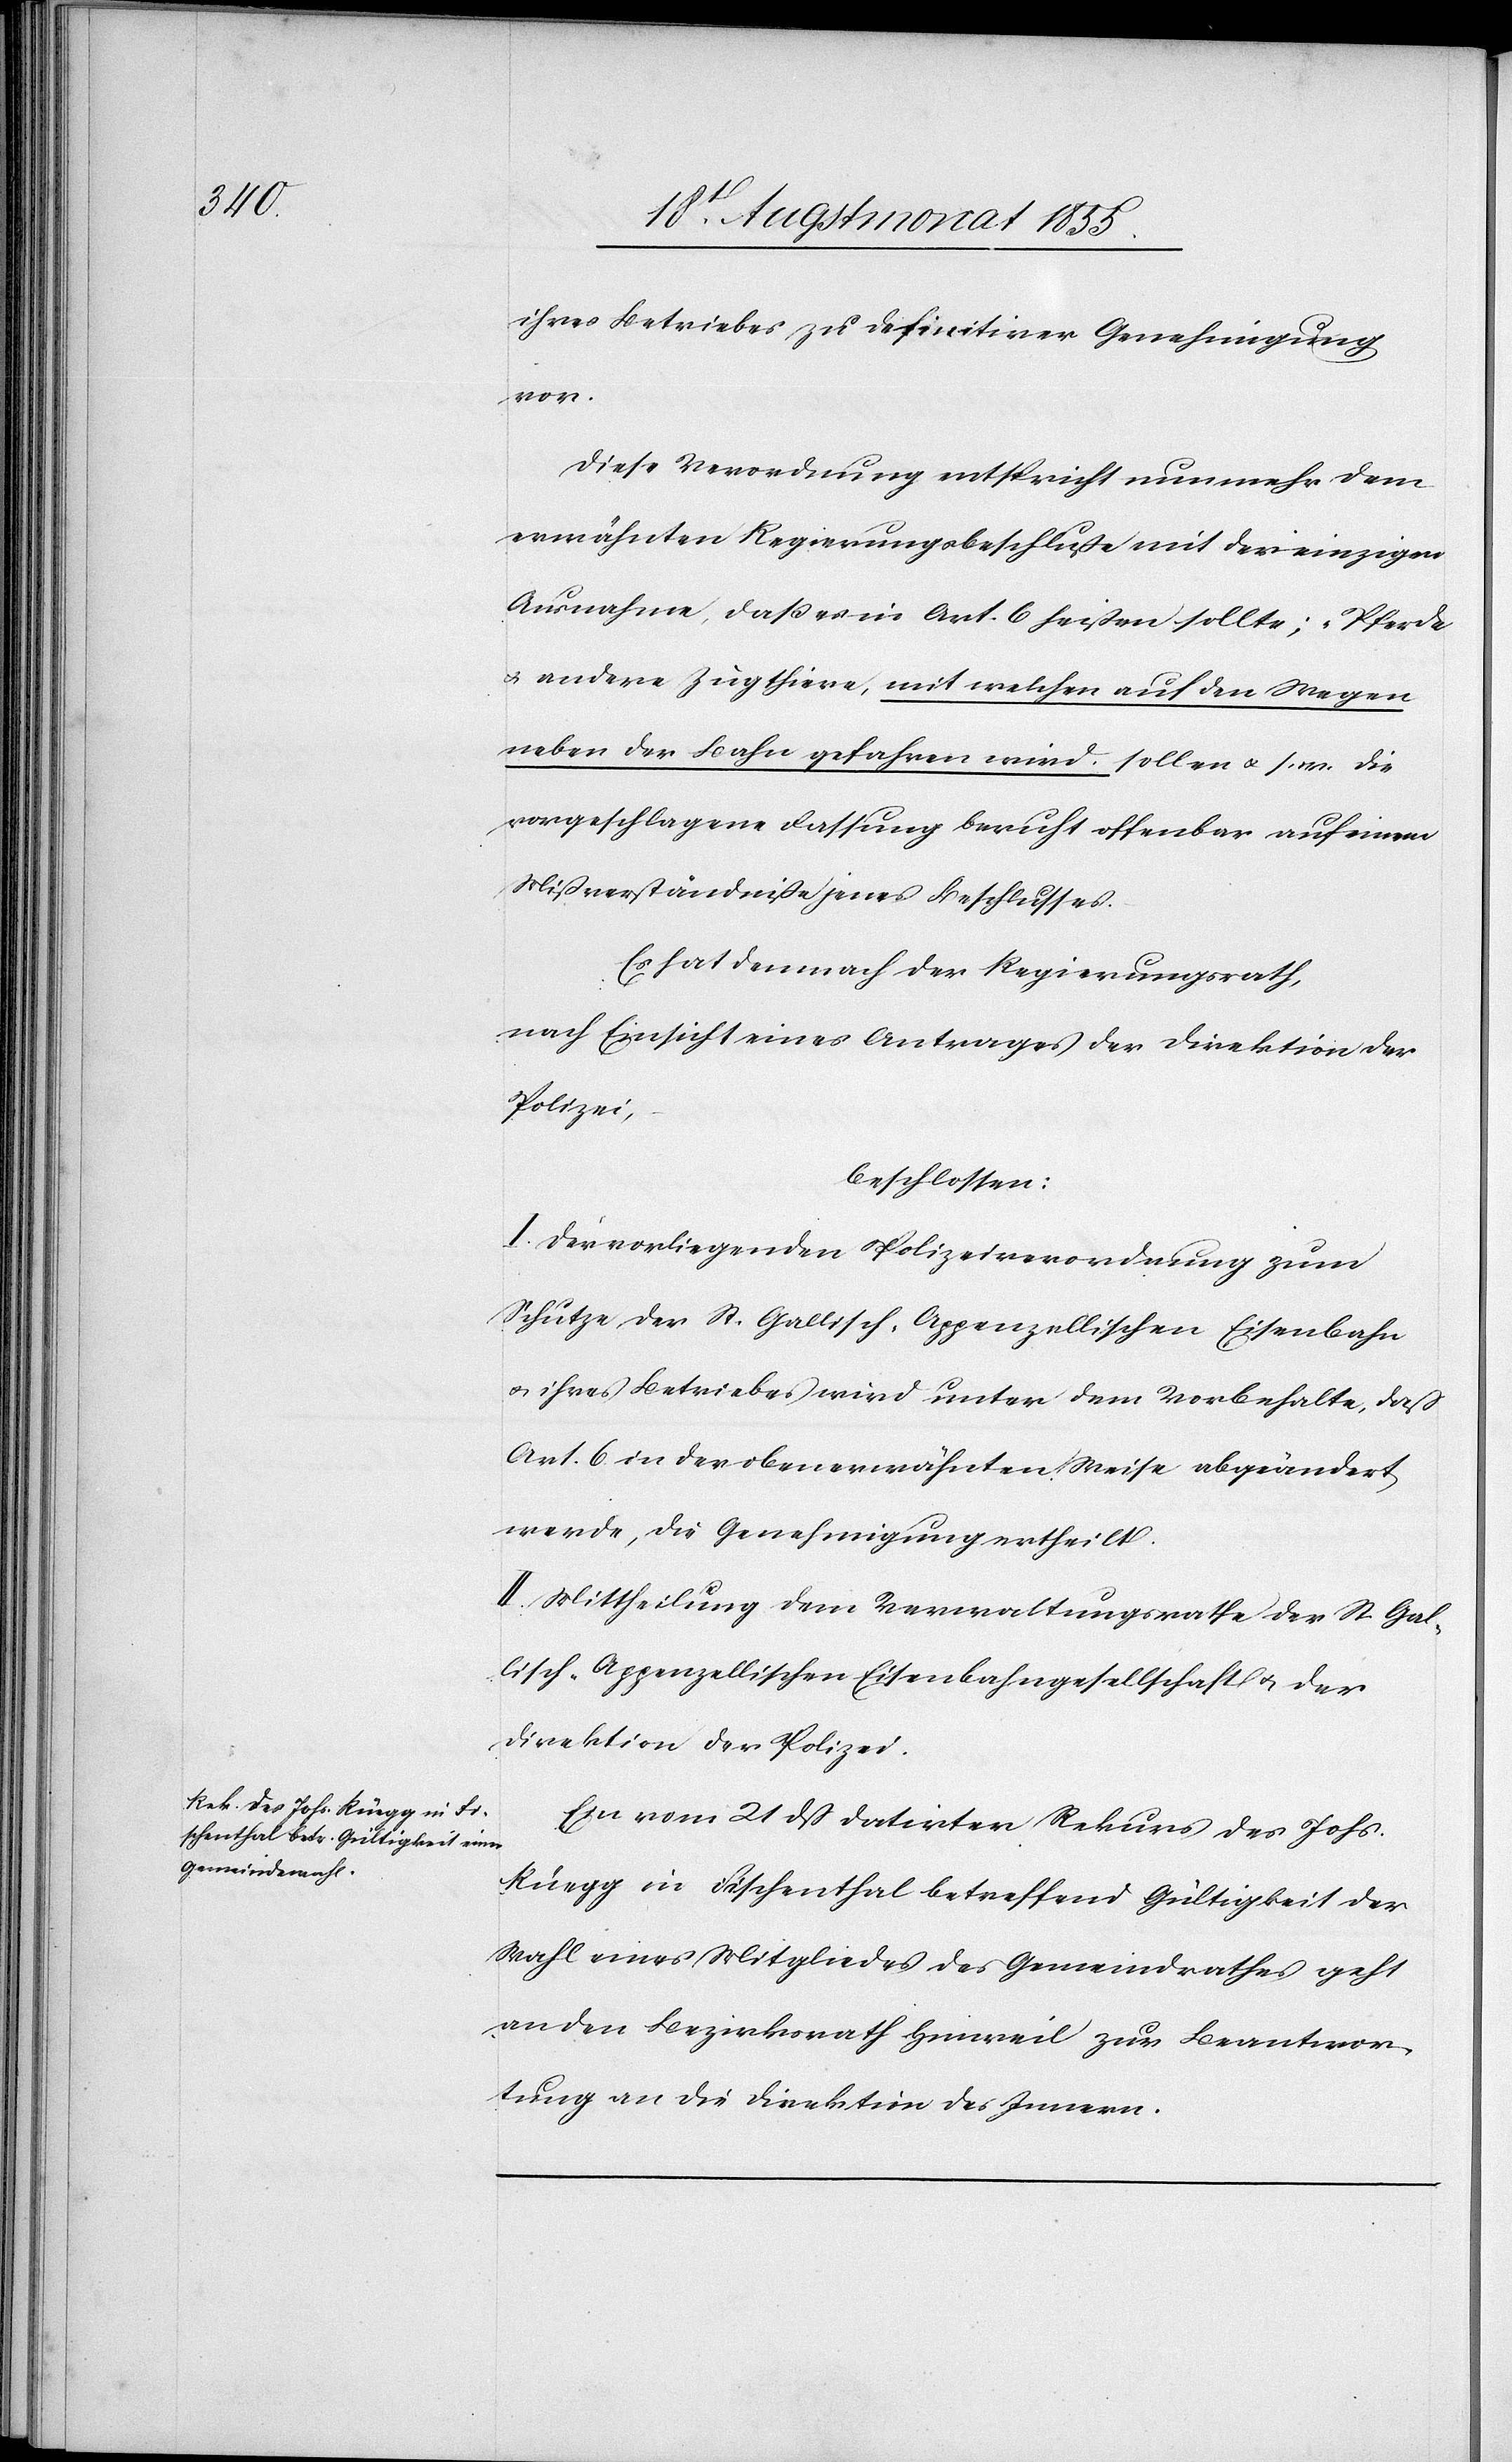
23 Augstmonat 1855.]
ihres Betriebes zu definitiver Genehmigung
vor.
Diese Verordnung entspricht nunmehr dem
erwähnten Regierungsbeschluße mit der einzigen
Ausnahme, daß es in Art. 6 heißen sollte: „Pferde
& andere Zugthiere, mit welchen auf den Wegen
neben der Bahn gefahren wird sollen & s. w.[“] Die
vorgeschlagene Fassung beruht offenbar auf einem
Mißverständniße jenes Beschlusses.
Es hat demnach der Regierungsrath,
nach Einsicht eines Antrages der Direktion der
Polizei,
beschlossen:
I. Der vorliegenden Polizeiverordnung zum
Schutze der St. Gallisch-Appenzellischen Eisenbahn
& ihres Betriebes wird unter dem Vorbehalte, daß
Art. 6 in der obenerwähnten Weise abgeändert
werde, die Genehmigung ertheilt.
II. Mittheilung dem Verwaltungsrathe der St. Gal¬
lisch-Appenzellischen Eisenbahngesellschaft & der
Direktion der Polizei.
Ein vom 21 dß datirter Rekurs des Johs.
Rüegg in Fischenthal betreffend Gültigkeit der
Wahl eines Mitgliedes des Gemeindrathes geht
an den Bezirksrath Hinweil zur Beantwor¬
tung an die Direktion des Innern.